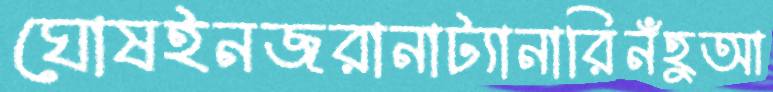
ঘোষইনজরানাট্যানারিনঁহুআ